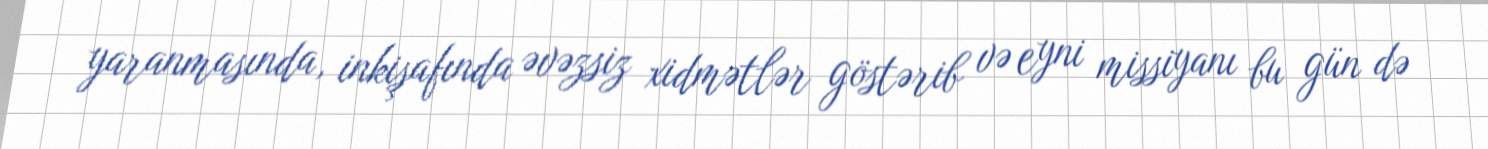
yaranmasında, inkişafında əvəzsiz xidmətlər göstərib və eyni missiyanı bu gün də